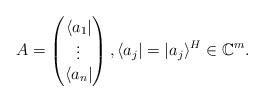
LaTeX: \begin{align*}A=\begin{pmatrix}\langle a_1|\\ \vdots\\ \langle a_n|\end{pmatrix} ,\langle a_j|=|a_j\rangle^H\in\mathbb{C}^m.\end{align*}